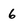
Character: 6